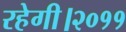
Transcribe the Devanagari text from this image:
रहेगी।२०११